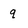
Character: q